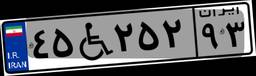
۴۵W۶۷۹۹۷